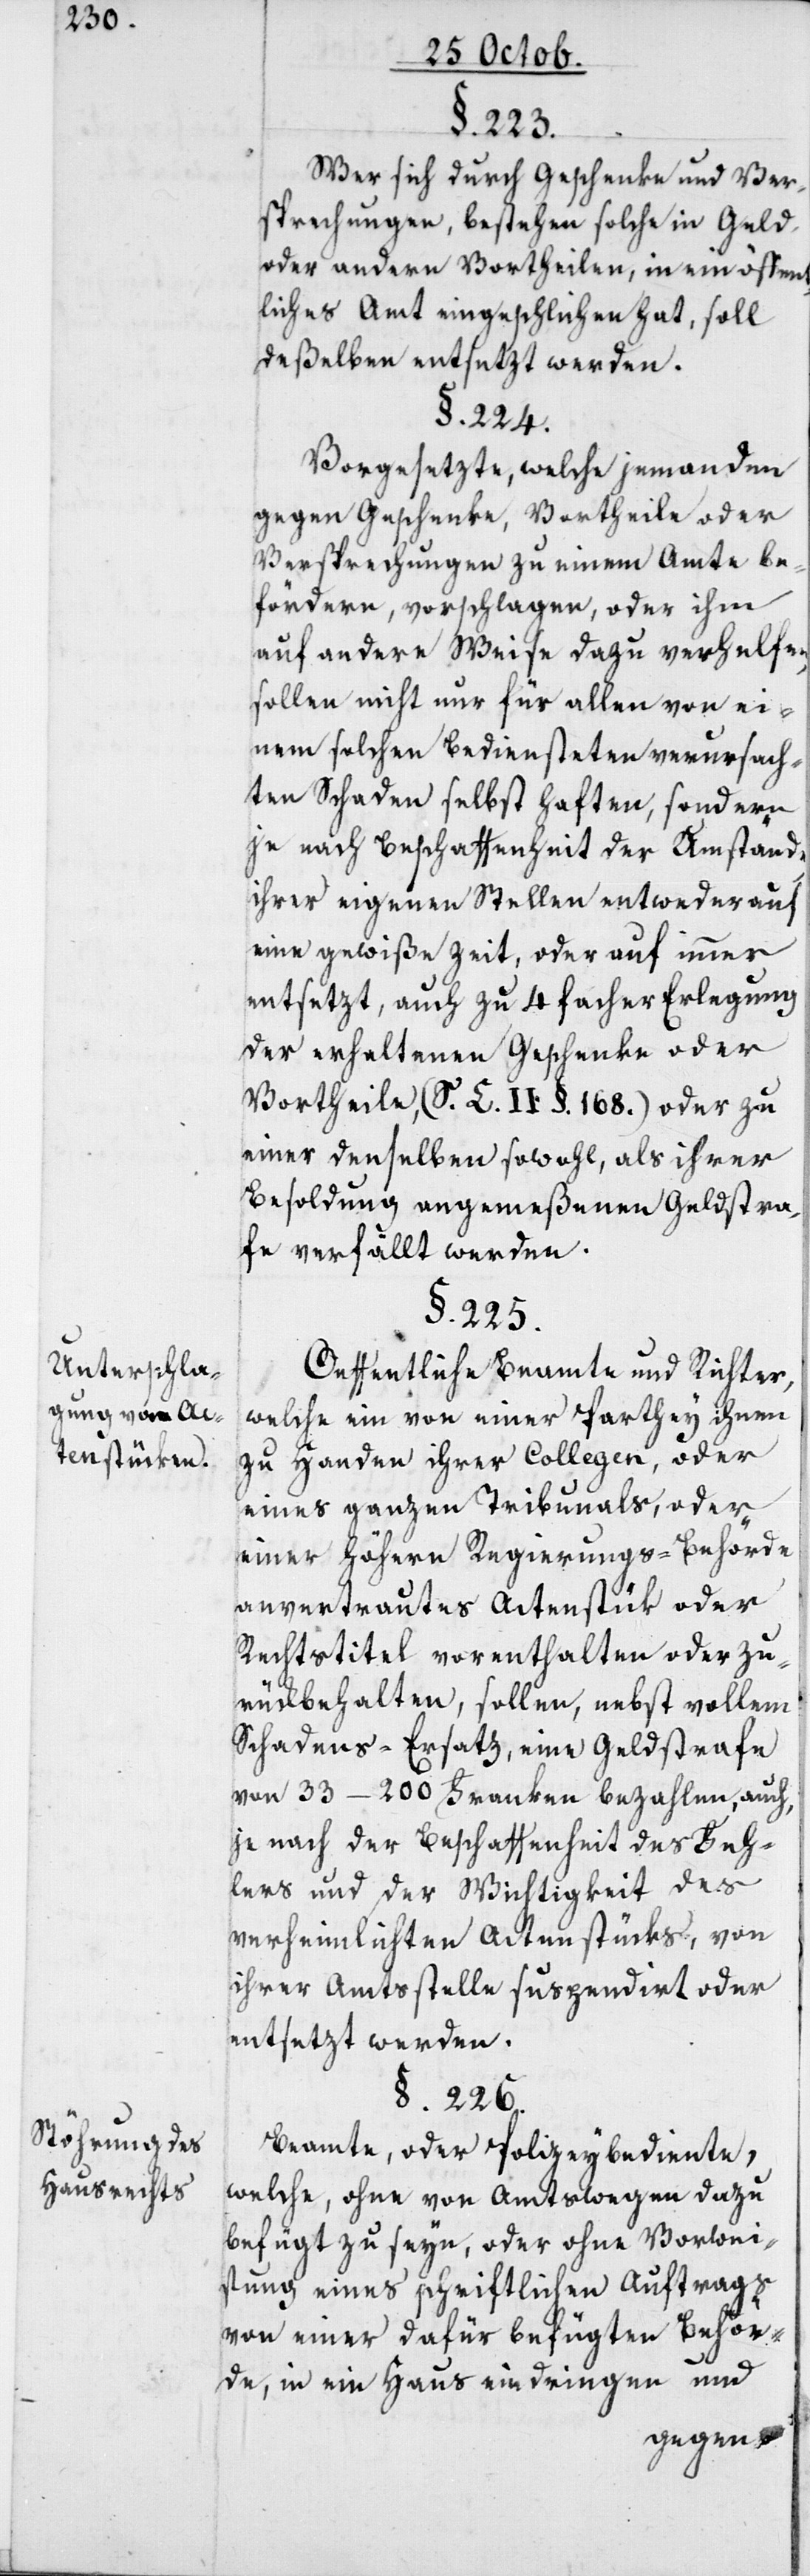
Unterschla¬
gung von Ac¬
tenstücken.
Stöhrung des
Hausrechts.

§. 223.
Wer sich durch Geschenke und Ver¬
sprechnungen, bestehen solche in Geld,
oder andern Vortheilen, in ein öffent¬
liches Amt eingeschlichen hat, soll
deßelben entsetzt werden.
§. 224.
Vorgesezte, welche jemanden
gegen Geschenke, Vortheile oder
Versprechungen zu einem Amte be¬
fördern, vorschlagen oder ihm
auf andere Weise dazu verhelfen,
sollen nicht nur für allen von ei¬
nem solchen Bediensteten verursach¬
ten Schaden selbst haften, sondern
je nach Beschaffenheit der Umstände,
ihrer eigenen Stellen entweder auf
eine gewiße Zeit, oder auf immer
entsetzt, auch zu 4 facher Erlegung
der erhaltenen Geschenke oder
Vortheile (S. C. II. §. 168) oder zu
einer denselben sowohl, als ihrer
Besoldung angemeßenen Geldstra¬
fe verfällt werden.
§. 225.
Öffentliche Beamte und Richter,
welche ein von einer Parthey ihnen
zu Handen ihrer Collegen, oder
eines ganzen Tribunals, oder
einer Höhern Regierungs-Behörde
anvertrautes Actenstük oder
Rechtstitel vorenthalten oder zu¬
rückbehalten, sollen, nebst vollem
Schadens-Ersatz eine Geldstrafe
von 33–200 Franken bezahlen, auch,
je nach der Beschaffenheit des Feh¬
lens und der Wichtigkeit des
verheimlichten Actenstücks, von
ihrer Amtsstelle suspendiert oder
entsetzt werden.
§. 226.
Beamte, oder Polizeybediente,
welche, ohne von Amtswegen dazu
befugt zu seyn, oder ohne Vorwei¬
sung eines schriftlichen Auftrags
von einer dafür befügten Behör¬
de, in ein Haus eindringen und